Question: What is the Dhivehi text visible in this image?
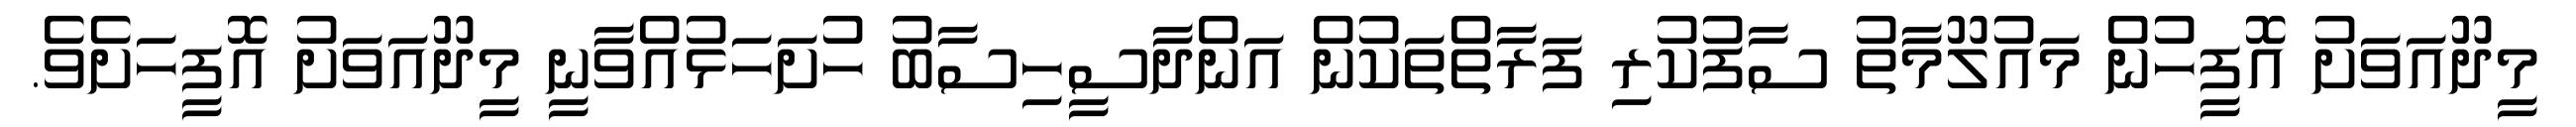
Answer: މީދޫއަވަށު އޮފީހުން މައުލޫމާތު ސާފުކުރި ފަރާތްތަކުން އަންދާސީހިސާބު ހުށަހަޅުއްވާނީ މީދޫއަވަށު އޮފީހަށެވެ.